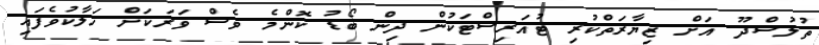
ތުލުސްދޫ އަށް ޒިޔާރަތްކުރި ޓުއަރިސްޓަކުން ދިން ބޯޑު ކޮންމެ ވެސް ވަރަކަށް ހަލާކުވެފައި